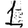
Digit: 1